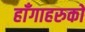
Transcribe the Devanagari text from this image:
हाँगाहरुको